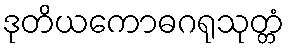
ဒုတိယကောဓဂရုသုတ္တံ